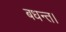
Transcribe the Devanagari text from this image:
बधन्त।